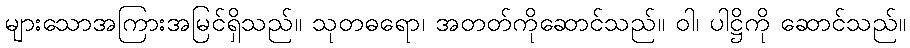
များသောအကြားအမြင်ရှိသည်။ သုတဓရော၊ အတတ်ကိုဆောင်သည်။ ဝါ၊ ပါဋ္ဌိကို ဆောင်သည်။